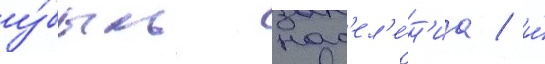
у́быль нас'ел'е́н'иа / и́